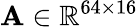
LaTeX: \mathbf{A}\in\mathbb{R}^{64\times 16}